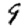
Digit: 9